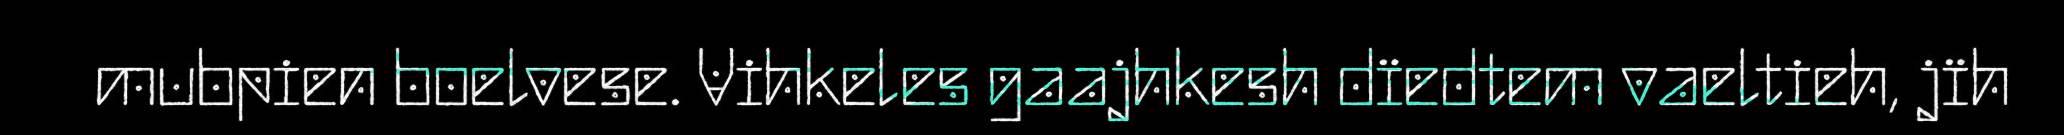
mubpien boelvese. Vihkeles gaajhkesh dïedtem vaeltieh, jïh